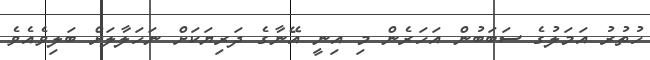
ހުތުރު އަމަލުގެ ސަބަބުން އަހަރެން މި އިނީ އޭނާގެ ދަރިޔަކަށް ނަހަލާލަށް ބަލިވެއެވެ